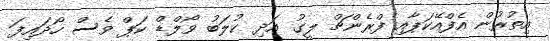
އިތުރުން އެފްއޭކަޕާއި ފްރެންޗް ލީގު އަދި ކުލަބު ވޯލްޑް ކަޕް ވެސް ހޯދައިފަ